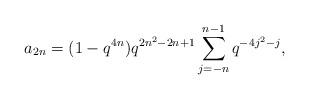
LaTeX: \begin{align*} a_{2n} = (1-q^{4n})q^{2n^2-2n+1}\sum_{j=-n}^{n-1}q^{-4j^2-j}, \end{align*}